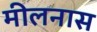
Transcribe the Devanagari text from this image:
मीलनास